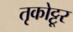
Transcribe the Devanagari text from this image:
तृकोट्टूर